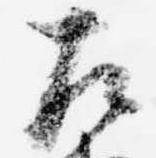
左